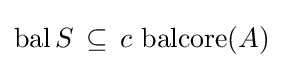
\operatorname {bal} S\,\subseteq \,c\,\operatorname {balcore} (A)